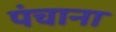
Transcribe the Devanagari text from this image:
पंचाना